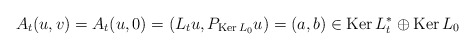
\begin{align*}A_t(u,v)=A_t(u,0)=(L_tu,P_{\mathrm{Ker\,}L_0}u)=(a,b)\in\mathrm{Ker\,}L^*_t\oplus\mathrm{Ker\,}L_0\end{align*}